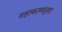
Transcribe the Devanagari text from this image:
महाकाव्यनुमा